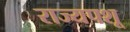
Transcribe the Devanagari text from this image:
राज्यपशू